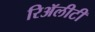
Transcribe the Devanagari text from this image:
रिॲलीटी